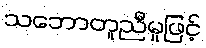
သဘောတူညီမှုဖြင့်